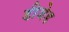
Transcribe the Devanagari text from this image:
डीजेड